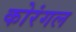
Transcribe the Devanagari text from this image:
कोरंगल